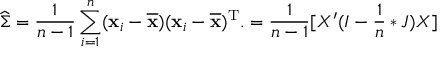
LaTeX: { \widehat { \boldsymbol { \Sigma } } } = { \frac { 1 } { n - 1 } } \sum _ { i = 1 } ^ { n } ( \mathbf { x } _ { i } - { \overline { { \mathbf { x } } } } ) ( \mathbf { x } _ { i } - { \overline { { \mathbf { x } } } } ) ^ { \mathrm { { T } } } . = { \frac { 1 } { n - 1 } } [ X ^ { \prime } ( I - { \frac { 1 } { n } } * J ) X ]